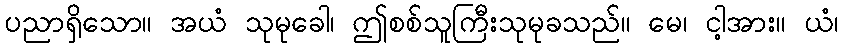
ပညာရှိသော။ အယံ သုမုခေါ၊ ဤစစ်သူကြီးသုမုခသည်။ မေ၊ ငါ့အား။ ယံ၊